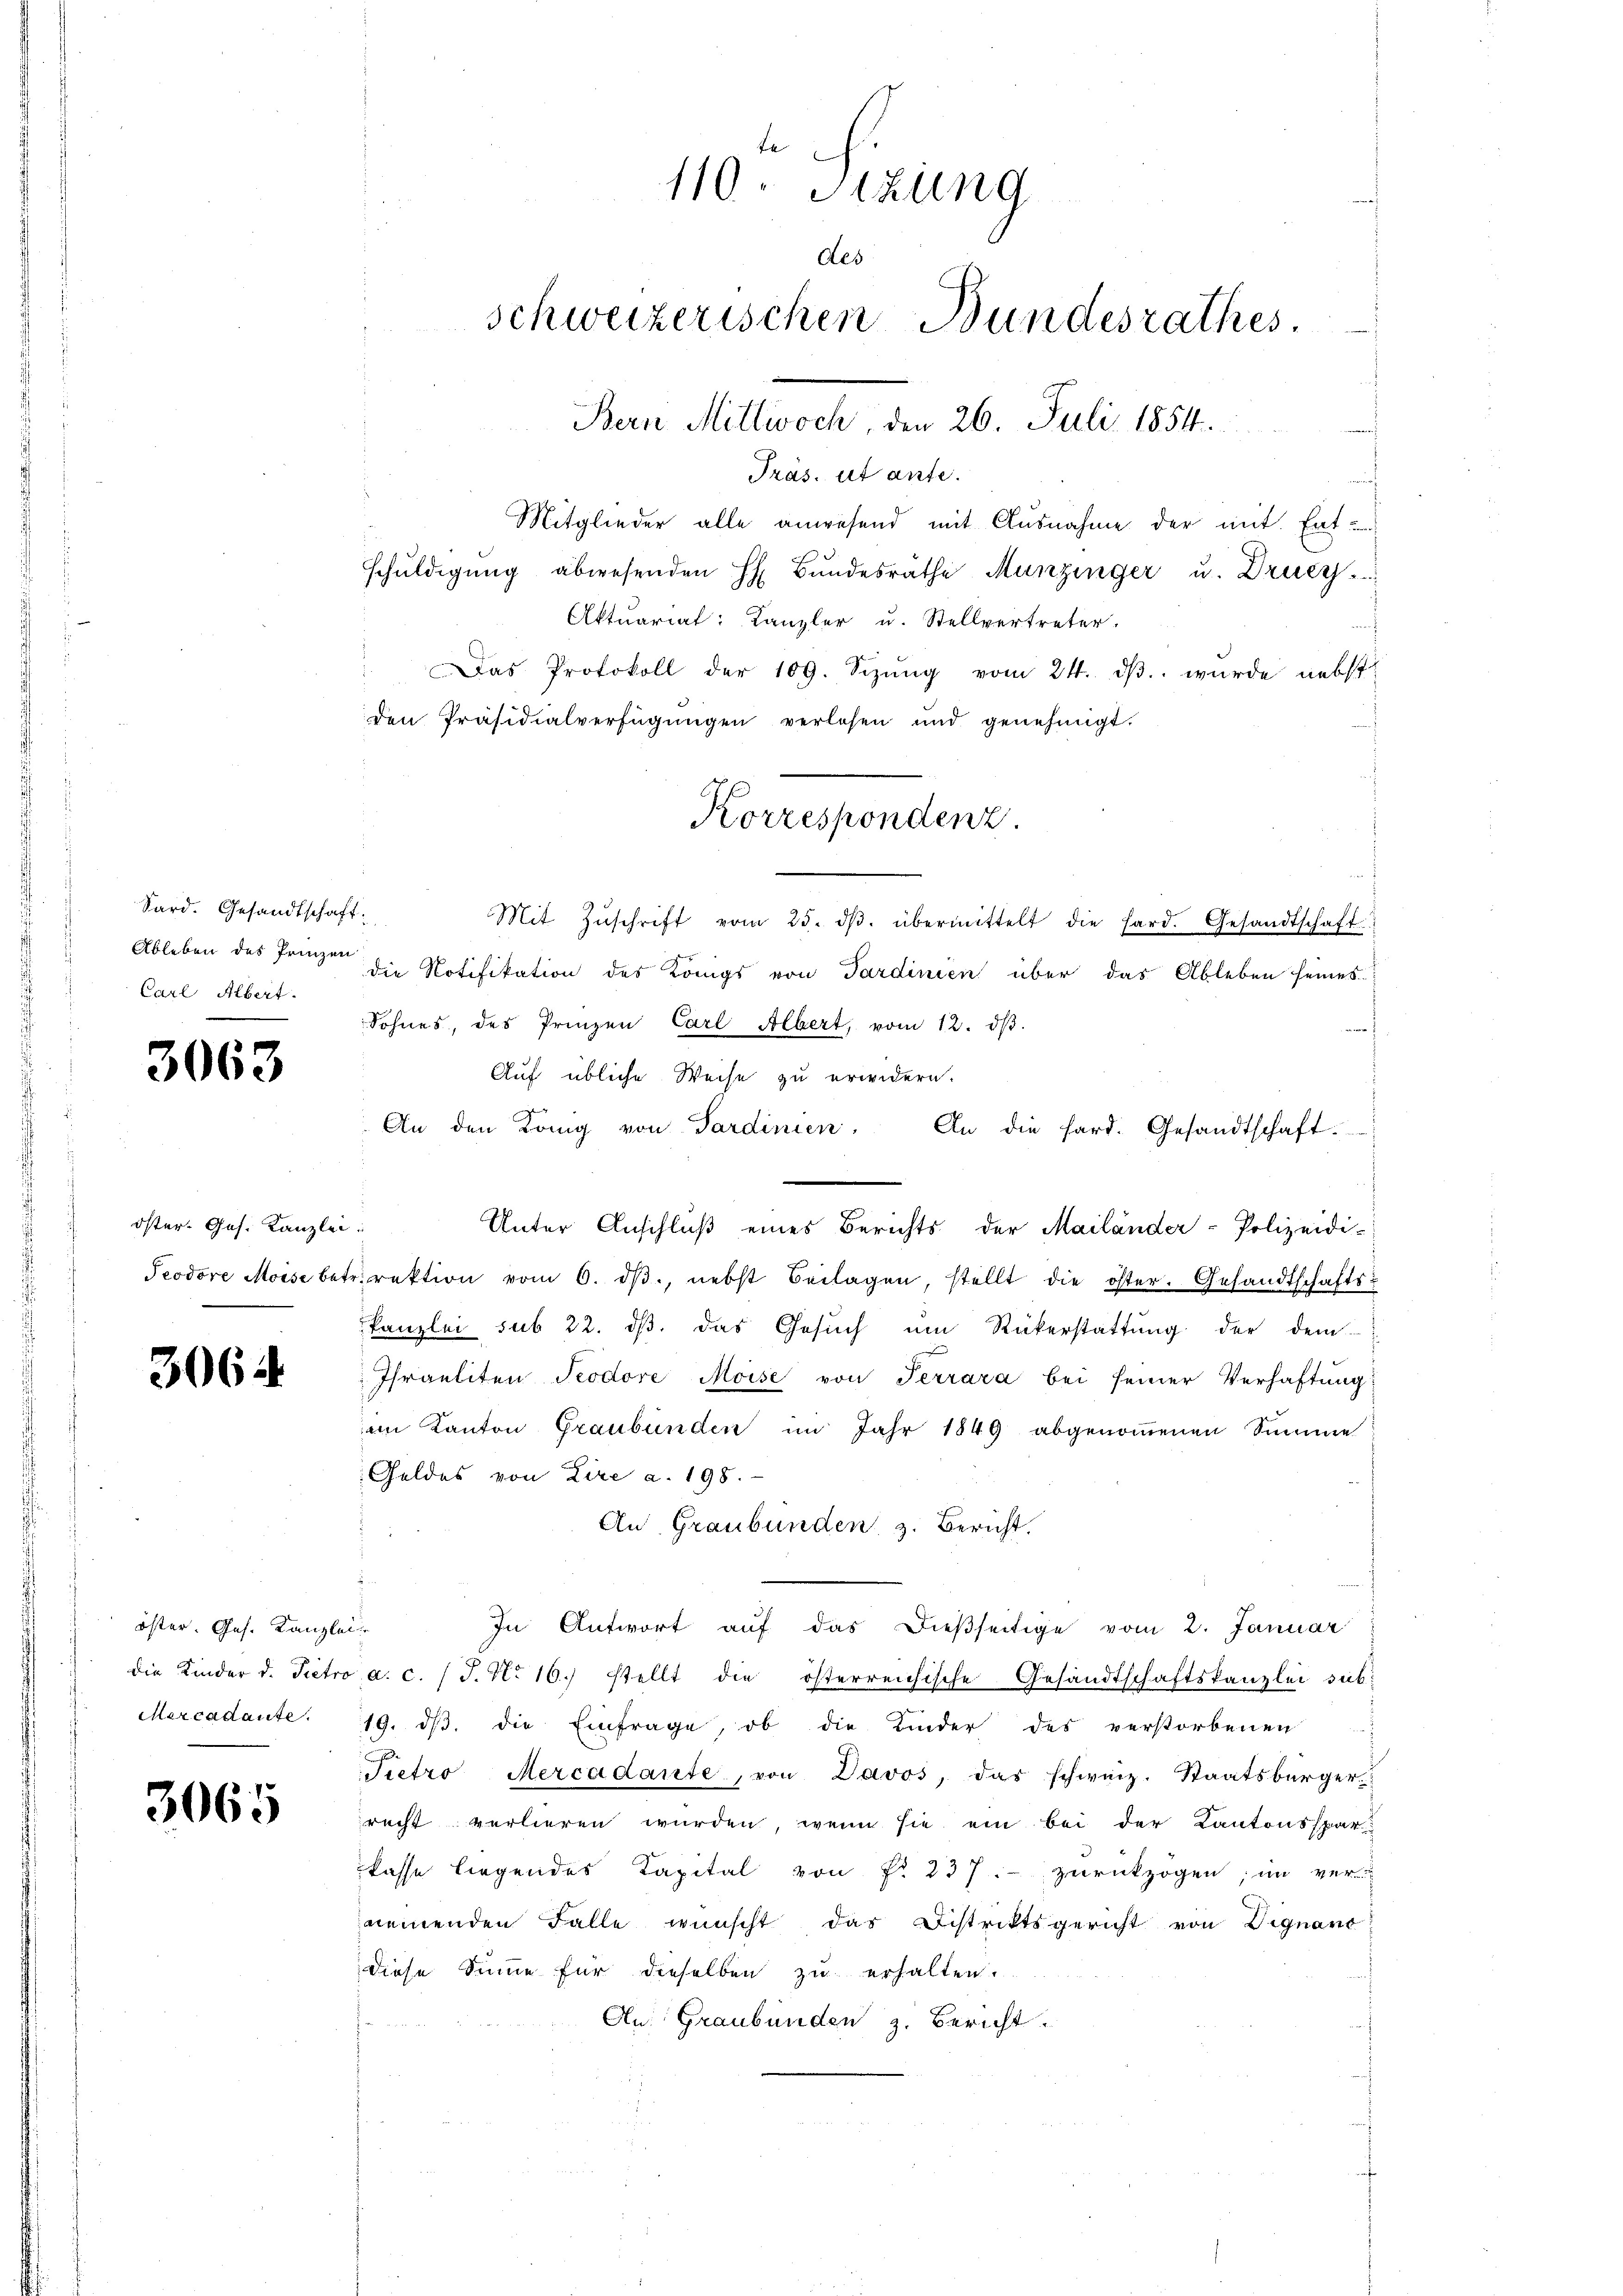
Sard. Gesandtschaft:
Ableben des Prinzen
Carl Albert.

3063

öster Ges. Kanzlei
Teodore Morse bet

3064

öster. Ges. Kanzle
die Kinder d. Pietro
Mercadaute.

3065

Mitglieder alle anwesend mit Ausnahme der mit Entschŭldigŭng abwesenden H. Bŭndesrathe Munzinger u. Druc
Aktuariat: Kanzler u. Stellvertreter.
Das Protokoll der 109. Sizŭng vom 24. dβ. wurde nebst
den Präsidialverfügungen verlesen und genehmigt.
Mit Zŭschrift vom 25. dβ. übermittelt die Hard. Gesandtschaft
die Notifikation des Königs von Sardinien über das Ableben seines
Sohnes, des Prinzen Carl Albert, vom 12. dβ.
Auf übliche Weise zu erwidern.
An den König von Sardinien. An die hard. Gesandtschaft.
d
Unter Anschlŭβ eines Berichts der Mailander-Polizeidi-
rirektion vom 6. dβ., nebst Beilagen, stellt die öster. Gesandtschafts-
kanzlei sub 22. ds. das Gesŭch um Rükerstattung der dem
Israeliten Seodore Moise von Terrara bei seiner Verhaftung
am Kanton Graubünden im Jahr 1849 abgenoṁenen Summe
Geldes von Lire a. 198.
An Graubünden, z. Bericht.
i
In Antwort aŭf das dießseitige vom 2. Januar
i
a. c. (T. N. 16. stellt die österreichische Gesandtschaftskanzlei sat¬
19. ds. die Einfrage, ob die Kinder des verstorbenen
Tietro Mercadante, von Davos, das schweiz. Staatsbürger
recht verlieren wurden, wenn sie ein bei der Kantonsspar
kasse liegendes Kapital von Fr. 237. zurückzogen; im ver-
meinenden Falle wünscht das Distriktsgericht von Dignano
diese Sinne für dieselben zu erhalten.
An Graubünden z. Bericht.

110. Sitzung
Aes
schweizerischen Bundesrathes
Bern Mittwoch, den 26. Juli 1854.
Tras. ut ante.

Korrespondenz.